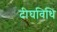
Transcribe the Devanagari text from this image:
दीघविधि